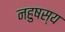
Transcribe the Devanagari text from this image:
नहुषस्य